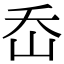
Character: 岙